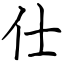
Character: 仕